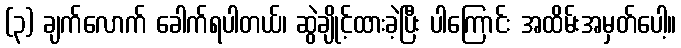
(၃) ချက်လောက် ခေါက်ရပါတယ်၊ ဆွဲချိုင့်ထားခဲ့ပြီး ပါကြောင်း အထိမ်းအမှတ်ပေါ့။